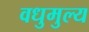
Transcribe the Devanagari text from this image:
वधुमुल्य